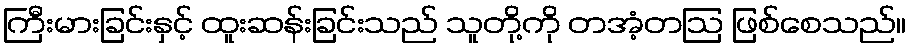
ကြီးမားခြင်းနှင့် ထူးဆန်းခြင်းသည် သူတို့ကို တအံ့တဩ ဖြစ်စေသည်။